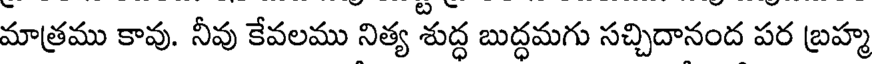
మాత్రము కావు. నీవు కేవలము నిత్య శుద్ధ బుద్ధమగు సచ్చిదానంద పర బ్రహ్మ